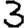
Digit: 3